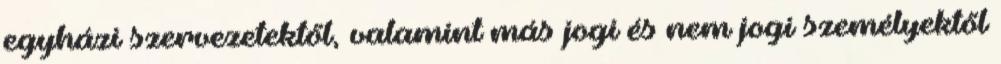
egyházi szervezetektől, valamint más jogi és nem jogi személyektől